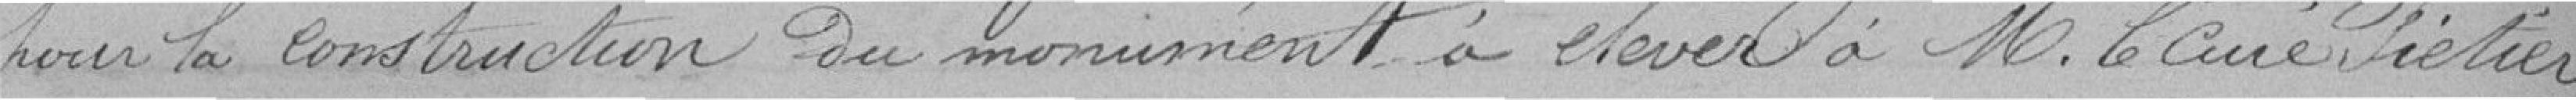
pour la construction du monument à élever à Monsieur le curé Frétier,